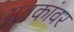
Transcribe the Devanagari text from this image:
युवकांवर